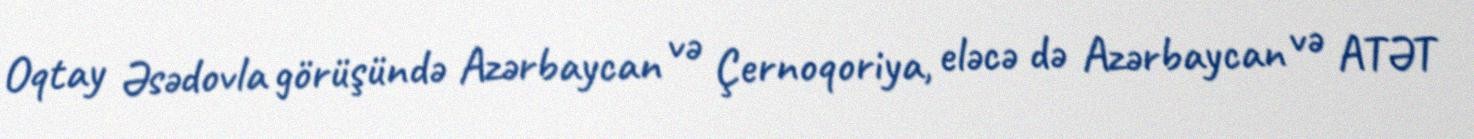
Oqtay Əsədovla görüşündə Azərbaycan və Çernoqoriya, eləcə də Azərbaycan və ATƏT